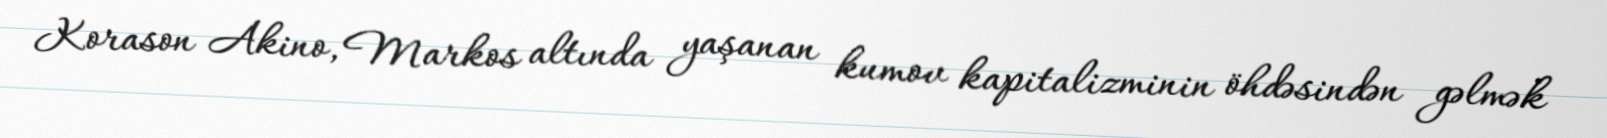
Korason Akino, Markos altında yaşanan kumov kapitalizminin öhdəsindən gəlmək